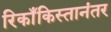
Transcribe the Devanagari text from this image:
रिकाँकिस्तानंतर